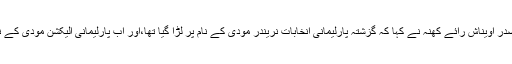
اس موقعہ پر قومی نائب صدر اویناش رائے کھنہ نے کہا کہ گزشتہ پارلیمانی انخابات نریندر مودی کے نام پر لڑا گیا تھا،اور اب پارلیمانی الیکشن مودی کے نام اور کام پر لڑا جائے گا۔